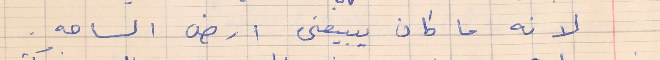
لانه ما كان يبيعنى ارض الساحه .